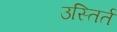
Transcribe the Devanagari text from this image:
उस्तिर्त